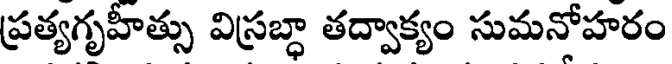
ప్రత్యగృహీత్సు విస్రబ్ధా తద్వాక్యం సుమనోహరం